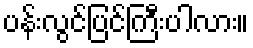
ပန်းလွင်ပြင်ကြီးပါလား။